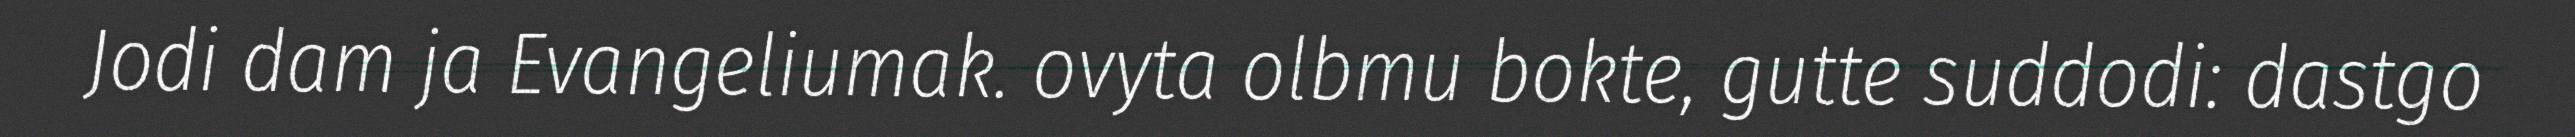
Jodi dam ja Evangeliumak. ovyta olbmu bokte, gutte suddodi: dastgo